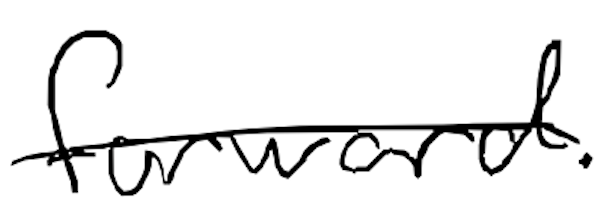
Text: forward.
Cross-out: single-line
Writing tool: digital_black